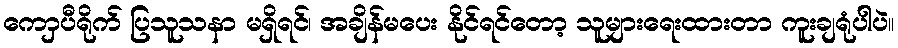
ကောှပီရိုက် ပြသူသနာ မရှိရင်၊ အချိန်မပေး နိုင်ရင်တော့ သူများရေးထားတာ ကူးချရုံပါပဲ။